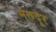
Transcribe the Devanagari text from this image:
मरूदूर